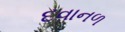
દવાનળ